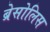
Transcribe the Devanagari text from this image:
ब्रेसोलिस